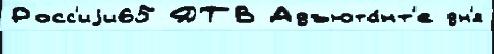
Росс'иjи65 ДТВ Адъюта́нт'е дн'я